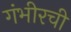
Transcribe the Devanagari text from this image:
गंभीरची